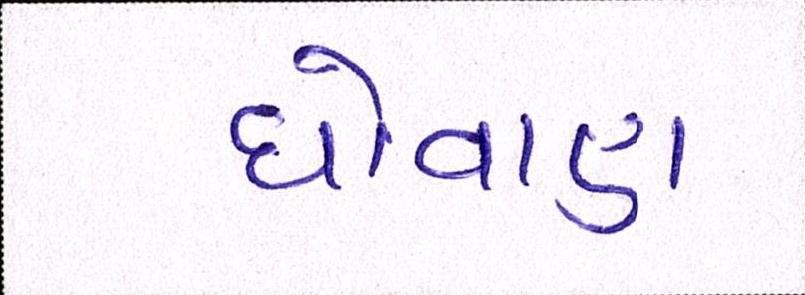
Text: ધોવાણ